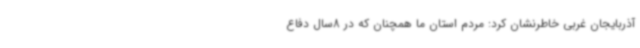
آذربایجان غربی خاطرنشان کرد: مردم استان ما همچنان که در 8سال دفاع